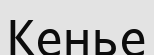
Кенье